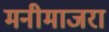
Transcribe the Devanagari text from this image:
मनीमाजरा